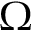
\Omega